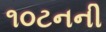
૧૦ટનની